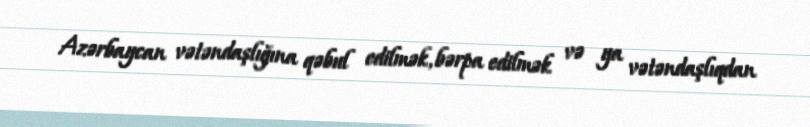
Azərbaycan vətəndaşlığına qəbul edilmək, bərpa edilmək və ya vətəndaşlıqdan